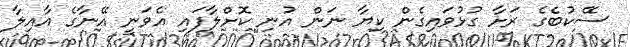
ސޭކުބެގެ ރަށާ ގުޅުވައިގެން ކިޔާ ނަން އުނި ކޮށްލާފައި އެވަނީ އޭނާގެ އާއިލާ